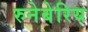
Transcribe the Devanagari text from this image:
रुनेबेरिय